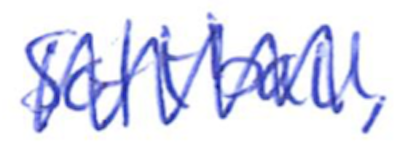
Text: Softball,
Cross-out: zig-zag
Writing tool: ballpoint